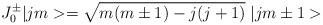
LaTeX: \begin{align*}J^{\pm}_0|jm>=\sqrt{m(m\pm 1)-j(j+1)}\;|jm\pm 1>\end{align*}